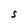
Character: S